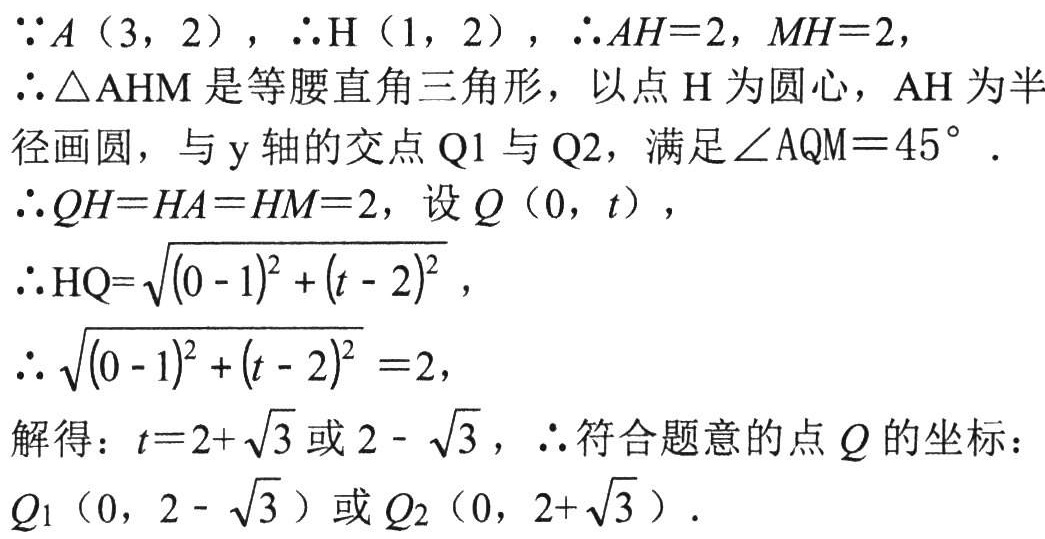
$\because A(3,2)$，$\therefore H(1,2)$，$\therefore AH = 2$，$MH = 2$，
$\therefore\triangle AHM$是等腰直角三角形，以点$H$为圆心，$AH$为半径画圆，与$y$轴的交点$Q_1$与$Q_2$，满足$\angle AQM = 45^{\circ}$.
$\therefore QH=HA = HM = 2$，设$Q(0,t)$，
$\therefore HQ=\sqrt{(0 - 1)^{2}+(t - 2)^{2}}$，
$\therefore\sqrt{(0 - 1)^{2}+(t - 2)^{2}} = 2$，
解得：$t = 2+\sqrt{3}$或$2-\sqrt{3}$，$\therefore$符合题意的点$Q$的坐标：$Q_1(0,2-\sqrt{3})$或$Q_2(0,2+\sqrt{3})$.